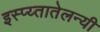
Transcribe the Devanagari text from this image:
इस्प्य्तातेलन्यी